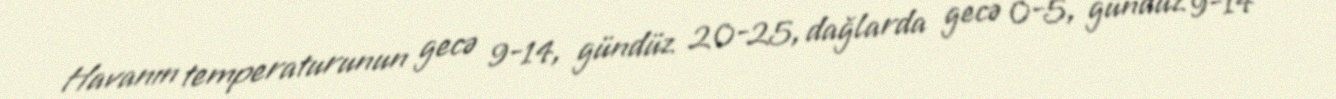
Havanın temperaturunun gecə 9-14, gündüz 20-25, dağlarda gecə 0-5, gündüz 9-14